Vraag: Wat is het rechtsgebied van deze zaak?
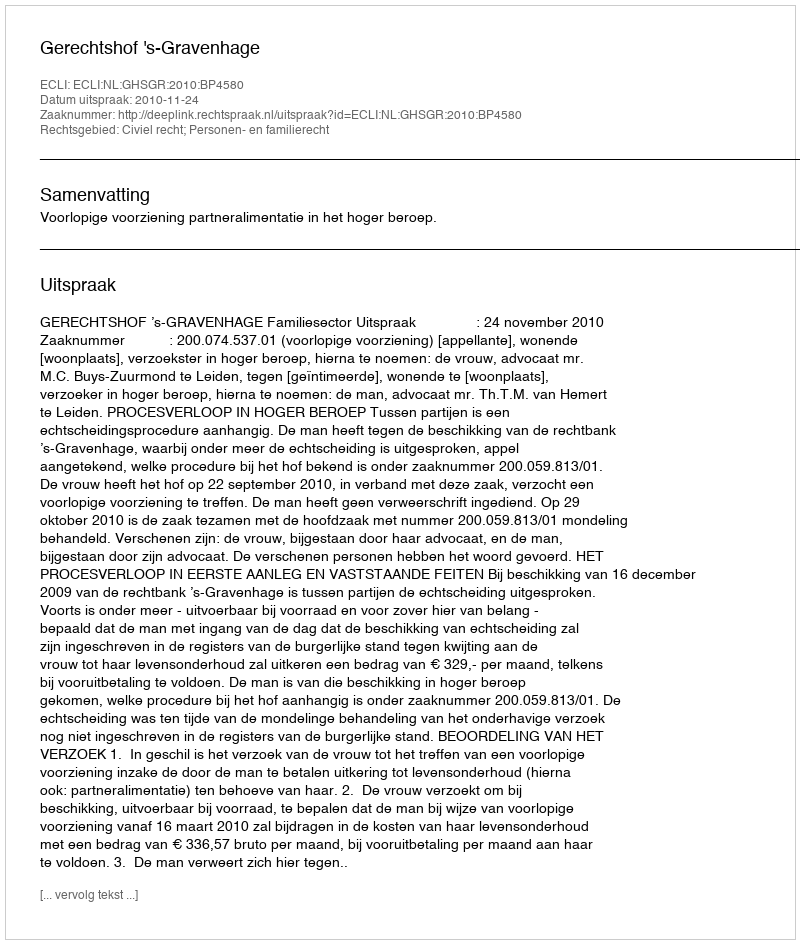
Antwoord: Civiel recht; Personen- en familierecht